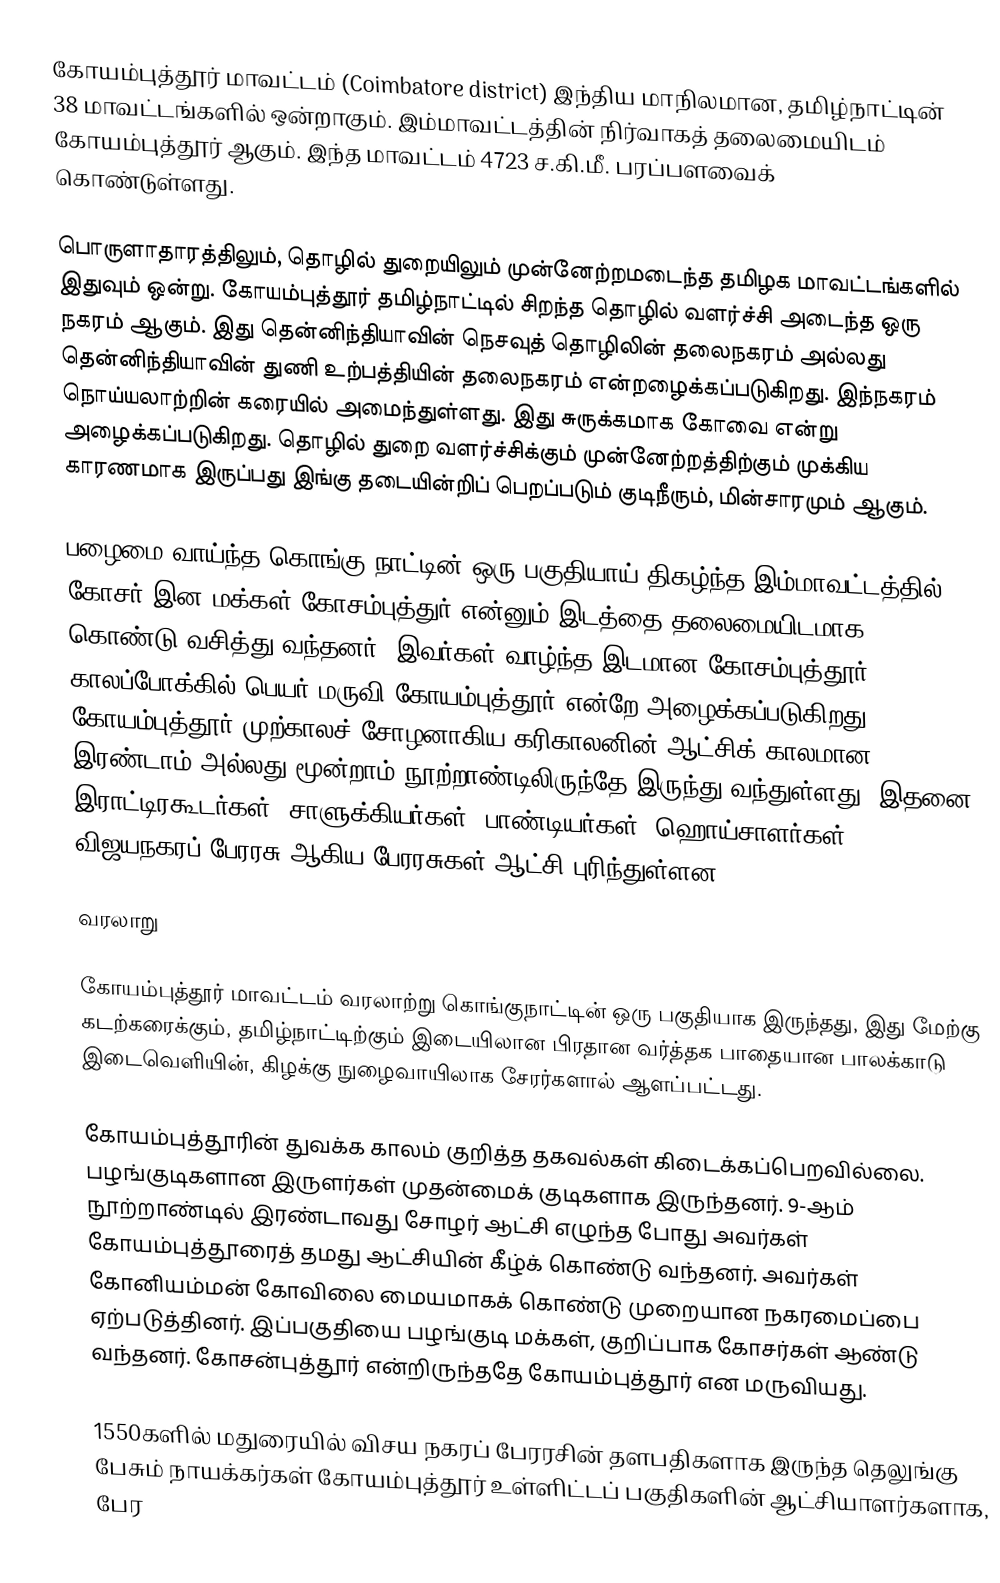
கோயம்புத்தூர் மாவட்டம் (Coimbatore district) இந்திய மாநிலமான, தமிழ்நாட்டின் 38 மாவட்டங்களில் ஒன்றாகும். இம்மாவட்டத்தின் நிர்வாகத் தலைமையிடம் கோயம்புத்தூர் ஆகும். இந்த மாவட்டம் 4723 ச.கி.மீ. பரப்பளவைக் கொண்டுள்ளது.

பொருளாதாரத்திலும், தொழில் துறையிலும் முன்னேற்றமடைந்த தமிழக மாவட்டங்களில் இதுவும் ஒன்று. கோயம்புத்தூர் தமிழ்நாட்டில் சிறந்த தொழில் வளர்ச்சி அடைந்த ஒரு நகரம் ஆகும். இது தென்னிந்தியாவின் நெசவுத் தொழிலின் தலைநகரம் அல்லது தென்னிந்தியாவின் துணி உற்பத்தியின் தலைநகரம் என்றழைக்கப்படுகிறது. இந்நகரம் நொய்யலாற்றின் கரையில் அமைந்துள்ளது. இது சுருக்கமாக கோவை என்று அழைக்கப்படுகிறது. தொழில் துறை வளர்ச்சிக்கும் முன்னேற்றத்திற்கும் முக்கிய காரணமாக இருப்பது இங்கு தடையின்றிப் பெறப்படும் குடிநீரும், மின்சாரமும் ஆகும்.

பழைமை வாய்ந்த கொங்கு நாட்டின் ஒரு பகுதியாய் திகழ்ந்த இம்மாவட்டத்தில் கோசர் இன மக்கள் கோசம்புத்துர் என்னும் இடத்தை தலைமையிடமாக கொண்டு வசித்து வந்தனர். இவர்கள் வாழ்ந்த இடமான கோசம்புத்தூர் காலப்போக்கில் பெயர் மருவி கோயம்புத்தூர் என்றே அழைக்கப்படுகிறது. கோயம்புத்தூர் முற்காலச் சோழனாகிய கரிகாலனின் ஆட்சிக் காலமான இரண்டாம் அல்லது மூன்றாம் நூற்றாண்டிலிருந்தே இருந்து வந்துள்ளது. இதனை இராட்டிரகூடர்கள், சாளுக்கியர்கள், பாண்டியர்கள், ஹொய்சாளர்கள், விஜயநகரப் பேரரசு ஆகிய பேரரசுகள் ஆட்சி புரிந்துள்ளன.

வரலாறு

கோயம்புத்தூர் மாவட்டம் வரலாற்று கொங்குநாட்டின் ஒரு பகுதியாக இருந்தது, இது மேற்கு கடற்கரைக்கும், தமிழ்நாட்டிற்கும் இடையிலான பிரதான வர்த்தக பாதையான பாலக்காடு இடைவெளியின், கிழக்கு நுழைவாயிலாக சேரர்களால் ஆளப்பட்டது.

கோயம்புத்தூரின் துவக்க காலம் குறித்த தகவல்கள் கிடைக்கப்பெறவில்லை. பழங்குடிகளான இருளர்கள் முதன்மைக் குடிகளாக இருந்தனர். 9-ஆம் நூற்றாண்டில் இரண்டாவது சோழர் ஆட்சி எழுந்த போது அவர்கள் கோயம்புத்தூரைத் தமது ஆட்சியின் கீழ்க் கொண்டு வந்தனர். அவர்கள் கோனியம்மன் கோவிலை மையமாகக் கொண்டு முறையான நகரமைப்பை ஏற்படுத்தினர். இப்பகுதியை பழங்குடி மக்கள், குறிப்பாக கோசர்கள் ஆண்டு வந்தனர். கோசன்புத்தூர் என்றிருந்ததே கோயம்புத்தூர் என மருவியது.

1550களில் மதுரையில் விசய நகரப் பேரரசின் தளபதிகளாக இருந்த தெலுங்கு பேசும் நாயக்கர்கள் கோயம்புத்தூர் உள்ளிட்டப் பகுதிகளின் ஆட்சியாளர்களாக, பேர